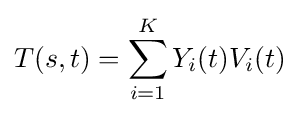
T(s,t)=\sum _{i=1}^{K}Y_{i}(t)V_{i}(t)